65_HS1-834228961_62-HQ-83894_Section_1
Agency: FBI
Page 55
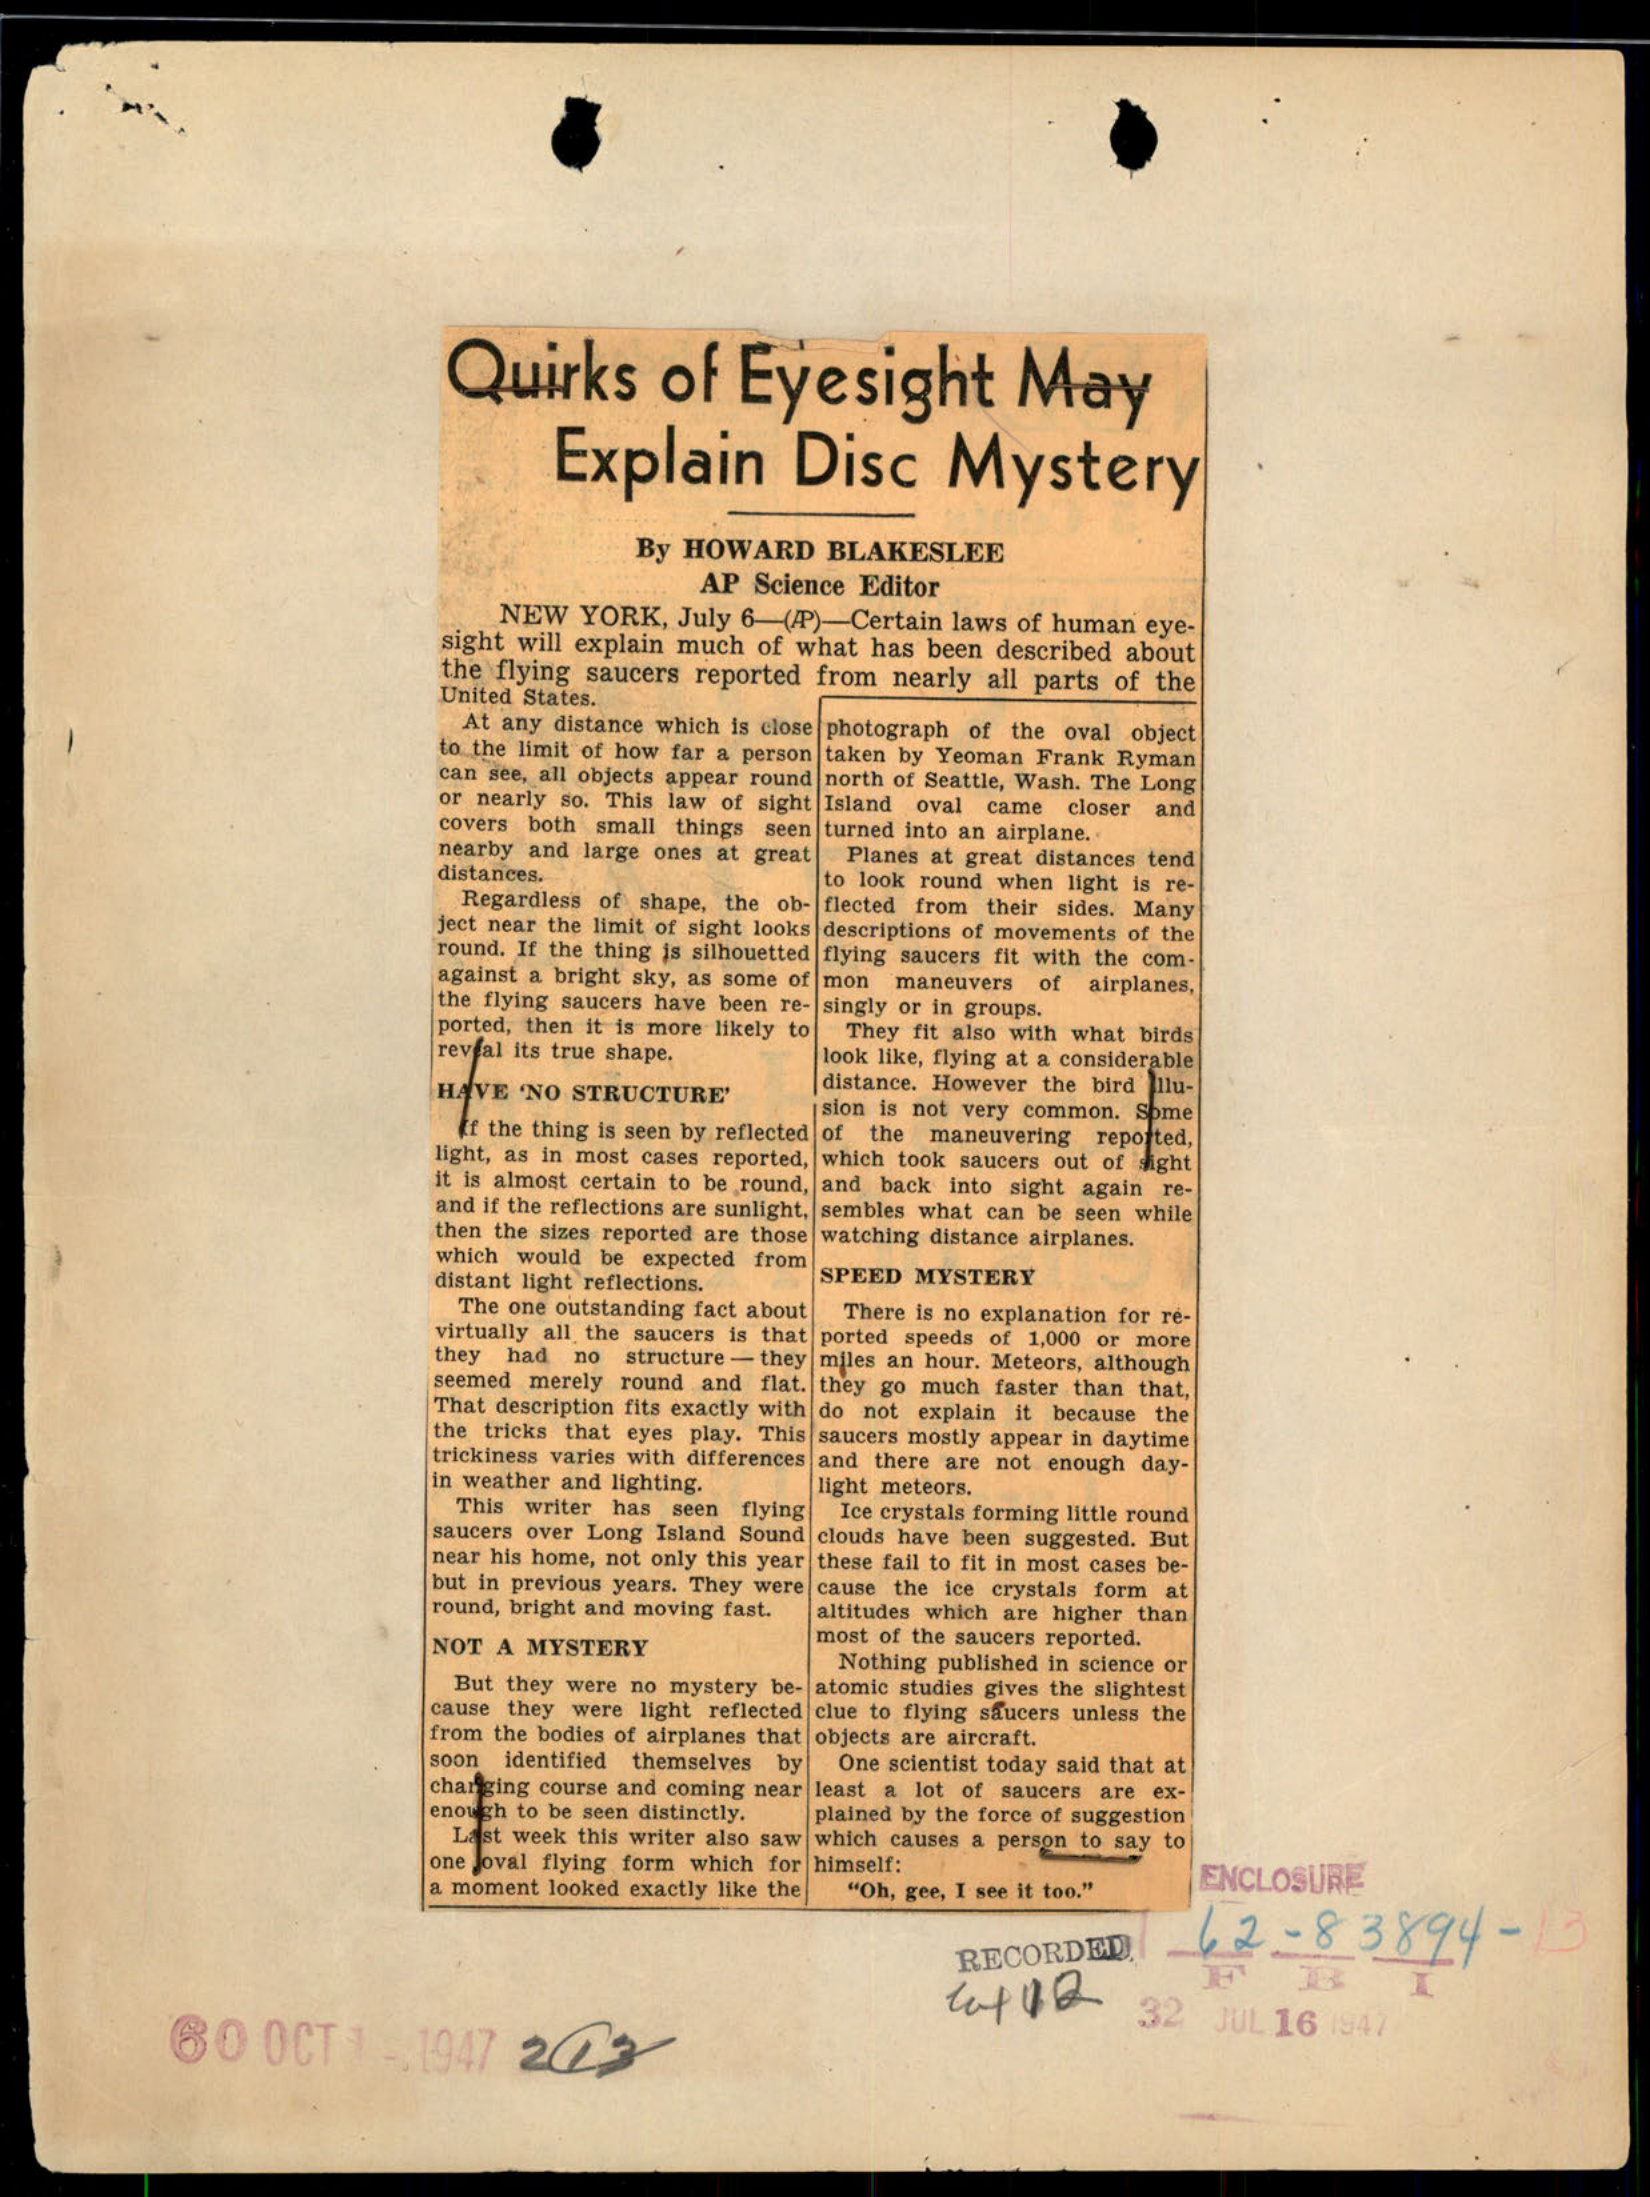